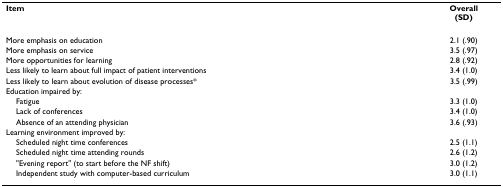
<table><thead><tr><td><b>Item</b></td><td><b>Overall(SD)</b></td></tr></thead><tbody><tr><td>More emphasis on education</td><td>2.1 (.90)</td></tr><tr><td>More emphasis on service</td><td>3.5 (.97)</td></tr><tr><td>More opportunities for learning</td><td>2.8 (.92)</td></tr><tr><td>Less likely to learn about full impact of patient interventions</td><td>3.4 (1.0)</td></tr><tr><td>Less likely to learn about evolution of disease processes*</td><td>3.5 (.99)</td></tr><tr><td>Education impaired by:</td><td></td></tr><tr><td> Fatigue</td><td>3.3 (1.0)</td></tr><tr><td> Lack of conferences</td><td>3.4 (1.0)</td></tr><tr><td> Absence of an attending physician</td><td>3.6 (.93)</td></tr><tr><td>Learning environment improved by:</td><td></td></tr><tr><td> Scheduled night time conferences</td><td>2.5 (1.1)</td></tr><tr><td> Scheduled night time attending rounds</td><td>2.6 (1.2)</td></tr><tr><td> &quot;Evening report&quot; (to start before the NF shift)</td><td>3.0 (1.2)</td></tr><tr><td> Independent study with computer-based curriculum</td><td>3.0 (1.1)</td></tr></tbody></table>